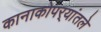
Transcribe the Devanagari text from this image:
कानाकोपर्‍यांतले